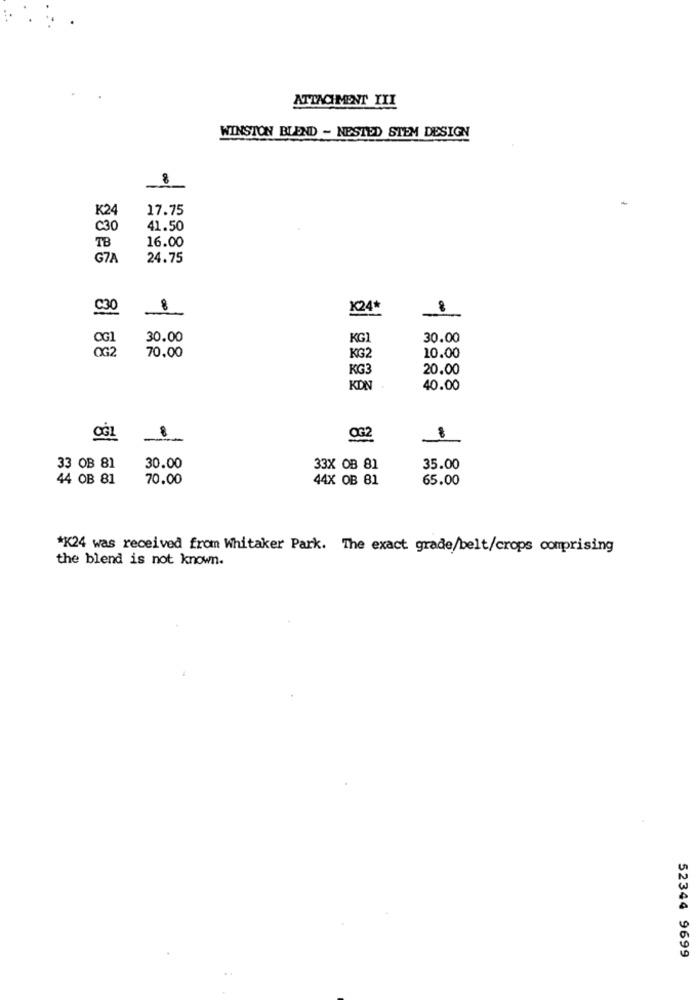
ATTACHMENT III
WINSTON BLEND - NESTED STEM DESIGN
8
K24
17.75
C30
41.50
16.00
TB
G7A
24.75
€30
8
K24*
30.00
KG1
30.00
70.00
KG2
10.00
KG3
20.00
KON
40.00
OG2
33 OB 81
30.00
33X OB 81
35.00
44 OB 81
70.00
44X OB 81
65.00
*K24 was received from Whitaker Park. The exact grade/belt/crops comprising
the blend is not known.
52344 9699